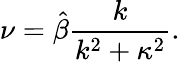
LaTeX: \nu=\hat{\beta}\frac{k}{k^{2}+\kappa^{2}}.